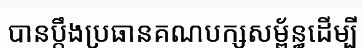
បានប្តឹងប្រធានគណបក្សសម្ព័ន្ធដើម្បី